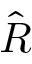
\hat { R }